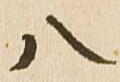
八